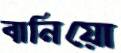
বানিয়ো